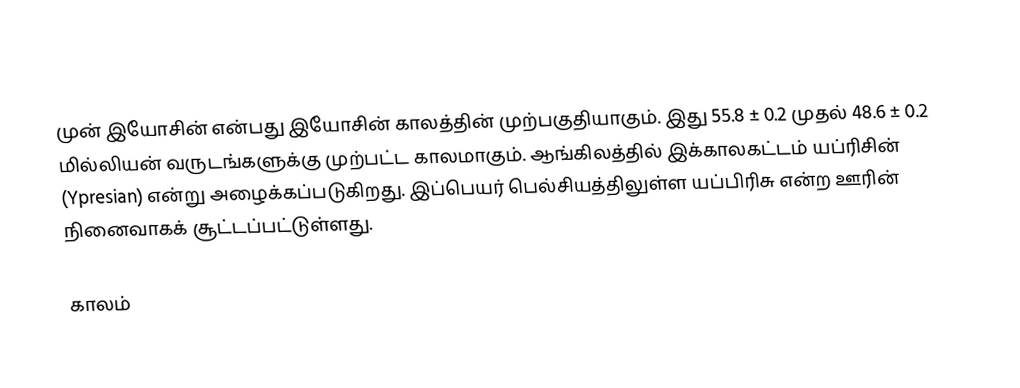
முன் இயோசின் என்பது இயோசின் காலத்தின் முற்பகுதியாகும். இது 55.8 ± 0.2 முதல் 48.6 ± 0.2 மில்லியன் வருடங்களுக்கு முற்பட்ட காலமாகும். ஆங்கிலத்தில் இக்காலகட்டம் யப்ரிசின் (Ypresian) என்று அழைக்கப்படுகிறது. இப்பெயர் பெல்சியத்திலுள்ள யப்பிரிசு என்ற ஊரின் நினைவாகக் சூட்டப்பட்டுள்ளது.

காலம்